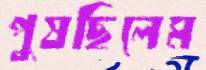
পুষছিলেম